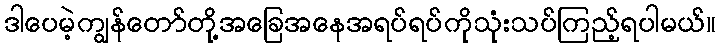
ဒါပေမဲ့ကျွန်တော်တို့အခြေအနေအရပ်ရပ်ကိုသုံးသပ်ကြည့်ရပါမယ်။